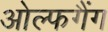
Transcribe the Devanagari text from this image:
ओल्फगैंग